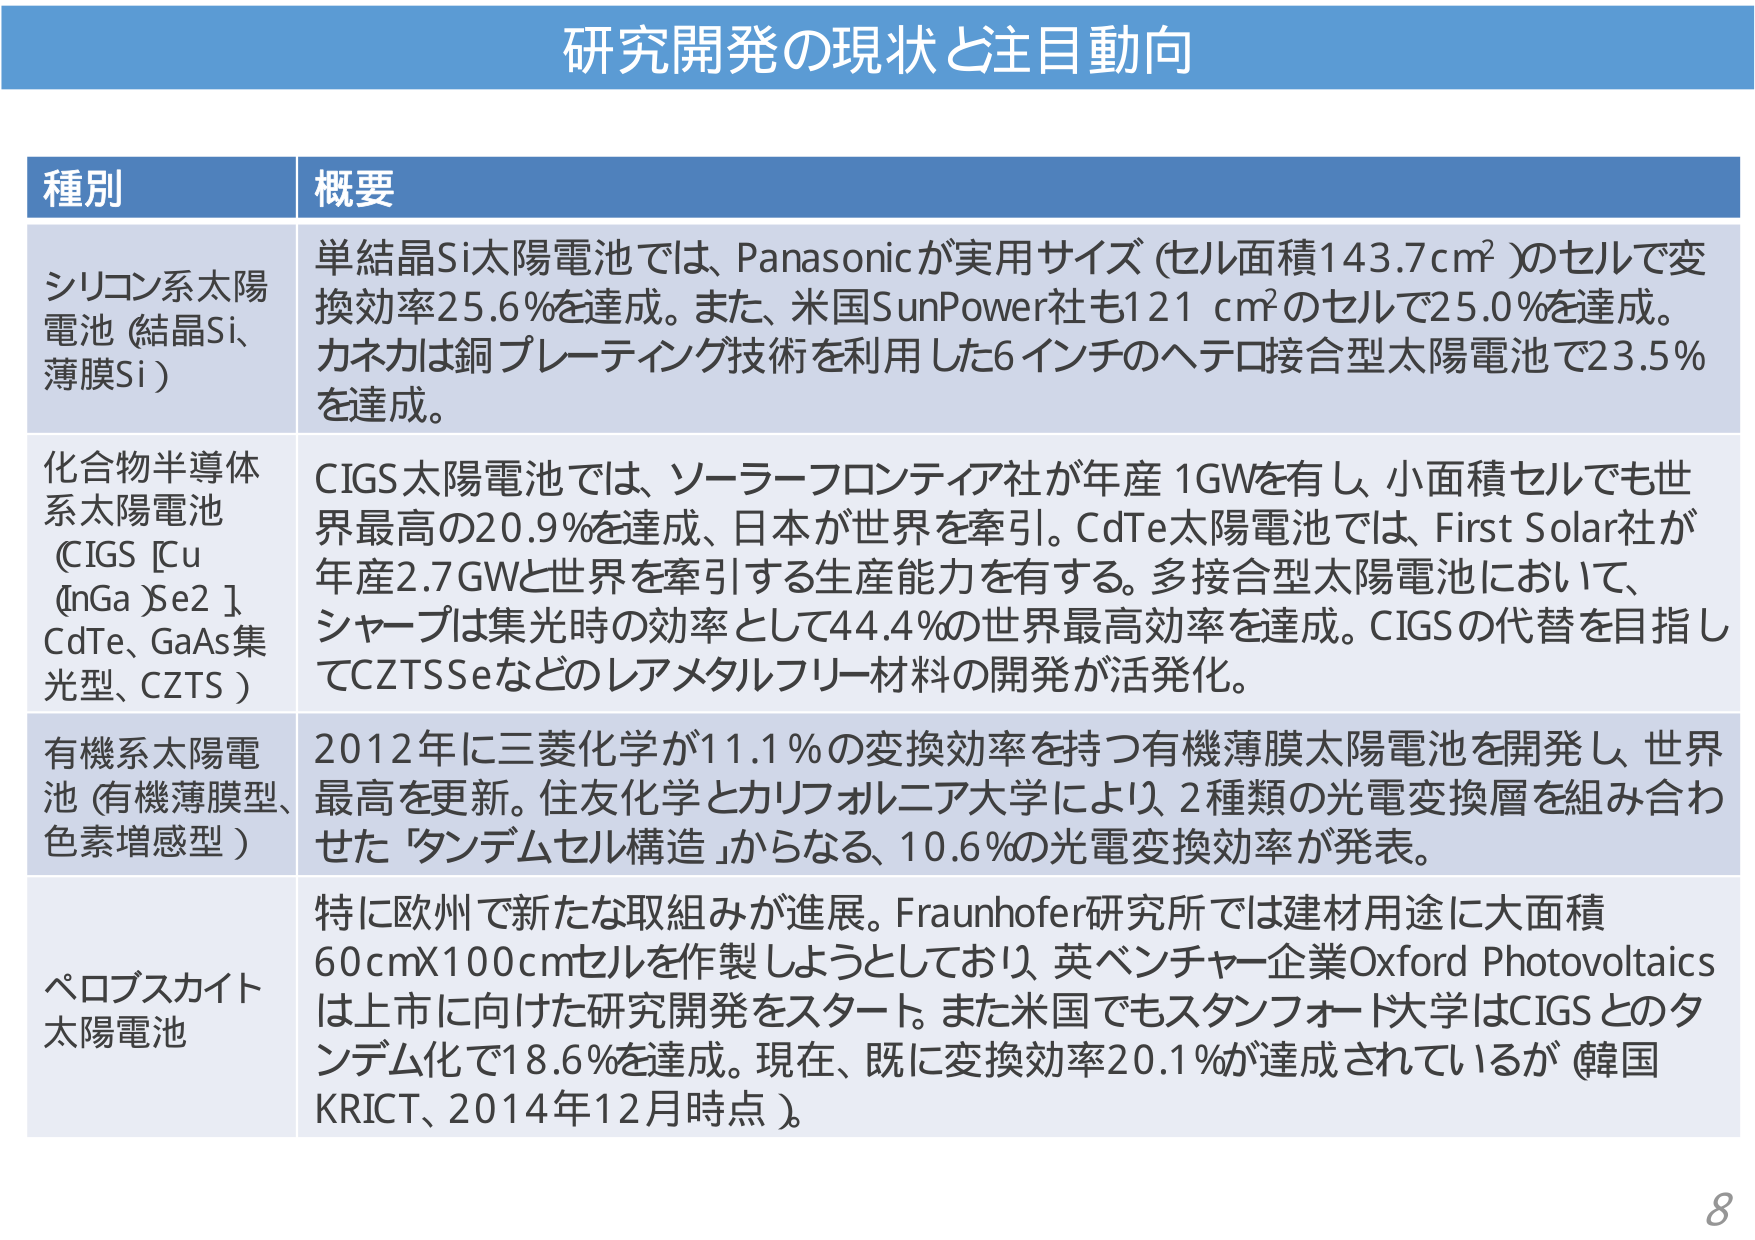
研究開発の現状と注目動向

種別 概要

シリコン系太陽電池（結晶Si、薄膜Si）
単結晶Si太陽電池では、Panasonicが実用サイズ（セル面積143.7cm²）のセルで変換効率25.6％を達成。また、米国SunPower社も121 cm²のセルで25.0％を達成。カネカは銅プレーティング技術を利用した6インチのヘテロ接合型太陽電池で23.5％を達成。

化合物半導体系太陽電池（CIGS [Cu(InGa)Se2]、CdTe、GaAs集光型、CZTS）
CIGS太陽電池では、ソーラーフロンティア社が年産1GWを有し、小面積セルでも世界最高の20.9％を達成、日本が世界を牽引。CdTe太陽電池では、First Solar社が年産2.7GWと世界を牽引する生産能力を有する。多接合型太陽電池において、シャープは集光時の効率として44.4％の世界最高効率を達成。CIGSの代替を目指してCZTSSeなどのレアメタルフリー材料の開発が活発化。

有機系太陽電池（有機薄膜型、色素増感型）
2012年に三菱化学が11.1％の変換効率を持つ有機薄膜太陽電池を開発し、世界最高を更新。住友化学とカリフォルニア大学により、2種類の光電変換層を組み合わせた「タンデムセル構造」からなる、10.6％の光電変換効率が発表。

ペロブスカイト太陽電池
特に欧州で新たな取組みが進展。Fraunhofer研究所では建材用途に大面積60cm×100cmセルを作製しようとしており、英ベンチャー企業Oxford Photovoltaicsは上市に向けた研究開発をスタート。また米国でもスタンフォード大学はCIGSとのタンデム化で18.6％を達成。現在、既に変換効率20.1％が達成されているが（韓国KRICT、2014年12月時点）。

8